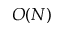
O ( N )